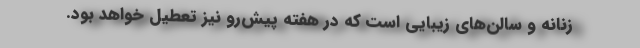
زنانه و سالن‌های زیبایی است که در هفته پیش‌رو نیز تعطیل خواهد بود.